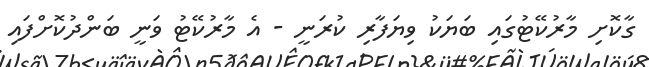
ގާކޮށި މާރުކޭޓުގައި ބަޔަކު ވިޔަފާރި ކުރަނީ - އެ މާރުކޭޓު ވަނީ ބަންދުކޮށްފައި